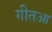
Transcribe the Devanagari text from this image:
गीतआ